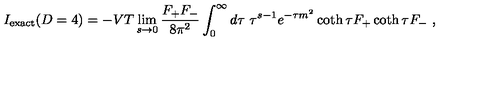
I _ { \mathrm { e x a c t } } ( D = 4 ) = - V T \lim _ { s \rightarrow 0 } { \frac { F _ { + } F _ { - } } { 8 \pi ^ { 2 } } } \int _ { 0 } ^ { \infty } d \tau \ \tau ^ { s - 1 } e ^ { - \tau m ^ { 2 } } \coth \tau F _ { + } \coth \tau F _ { - } \ ,